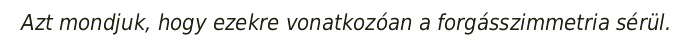
Azt mondjuk, hogy ezekre vonatkozóan a forgásszimmetria sérül.